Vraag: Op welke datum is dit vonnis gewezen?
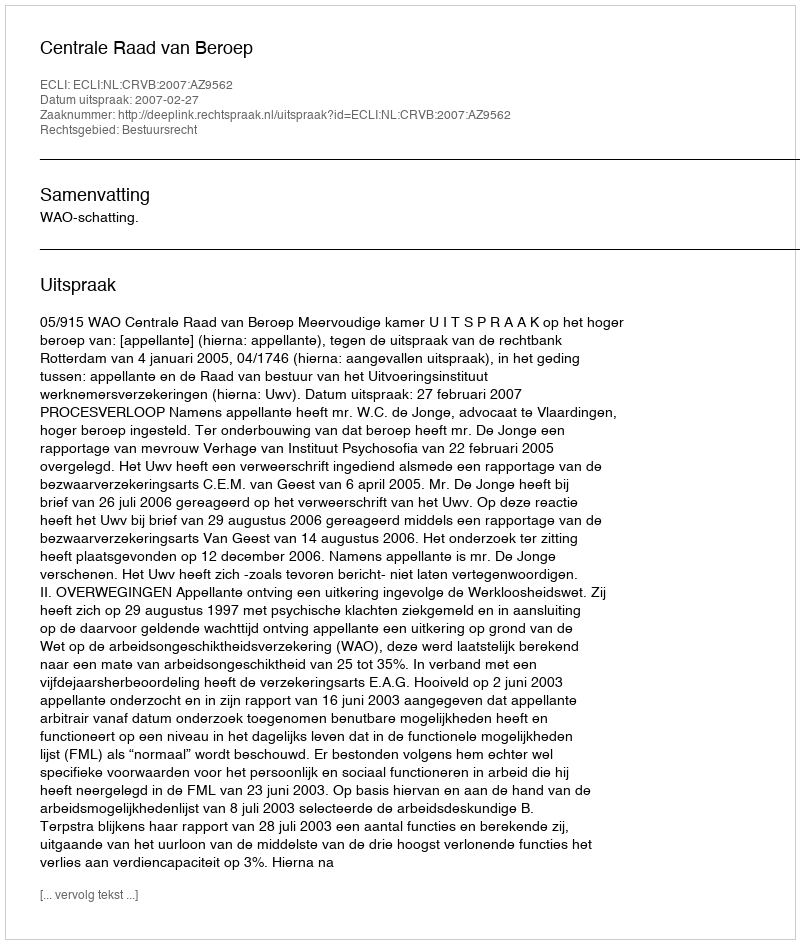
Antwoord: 2007-02-27